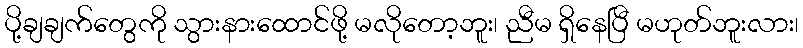
ပို့ချချက်တွေကို သွားနားထောင်ဖို့ မလိုတော့ဘူး၊ ညီမ ရှိနေပြီ မဟုတ်ဘူးလား၊